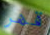
قهر